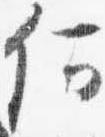
何